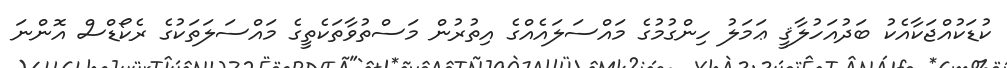
ކުޑަކުއްޖަކާއެކު ބަދުއަހުލާޤީ ޢަމަލު ހިންގުމުގެ މައްސަލައެއްގެ އިތުރުން މަސްތުވާތަކެތީގެ މައްސަލަތަކުގެ ރެކޯޑްސް އޮންނަ